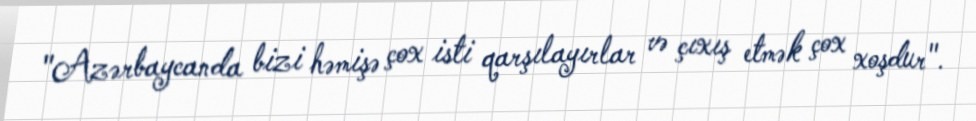
"Azərbaycanda bizi həmişə çox isti qarşılayırlar və çıxış etmək çox xoşdur".